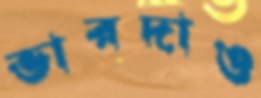
ভারদাও